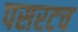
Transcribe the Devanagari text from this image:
पसरटच